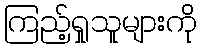
ကြည့်ရှုသူများကို